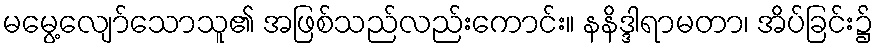
မမွေ့လျော်သောသူ၏ အဖြစ်သည်လည်းကောင်း။ နနိဒ္ဒါရာမတာ၊ အိပ်ခြင်း၌